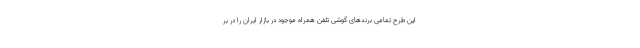
این طرح تمامی برندهای گوشی تلفن همراه موجود در بازار ایران را در بر